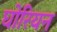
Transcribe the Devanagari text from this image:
घोरियन